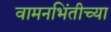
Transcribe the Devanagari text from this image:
वामनभिंतीच्या